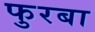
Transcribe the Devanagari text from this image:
फुरबा